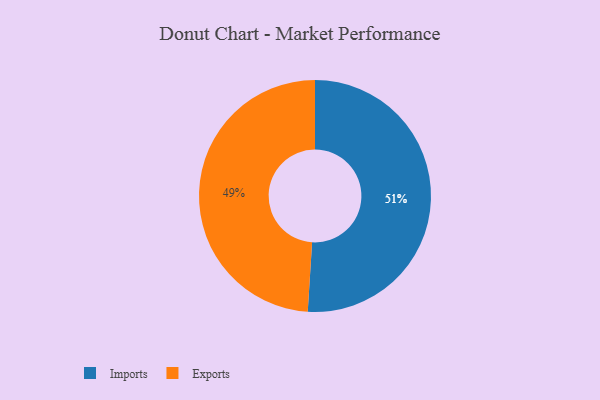
{"axis": {"x": "Category", "y": "Percentage"}, "legend": ["Exports", "Imports"], "data": [{"x": "Imports", "y": 51, "type": "Imports"}, {"x": "Exports", "y": 49, "type": "Exports"}]}